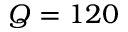
Q = 1 2 0